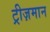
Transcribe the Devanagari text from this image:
ट्रीज़मान